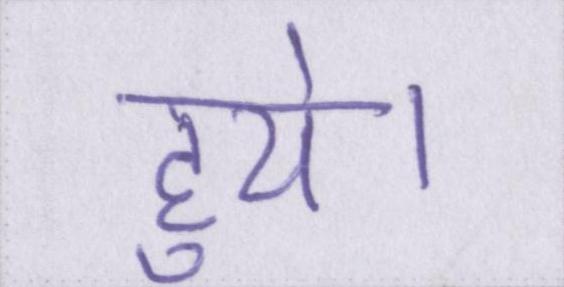
हुये।